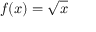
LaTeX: f ( x ) = { \sqrt { x } }